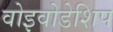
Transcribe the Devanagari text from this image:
वोइवोडेशिप